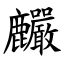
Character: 麣